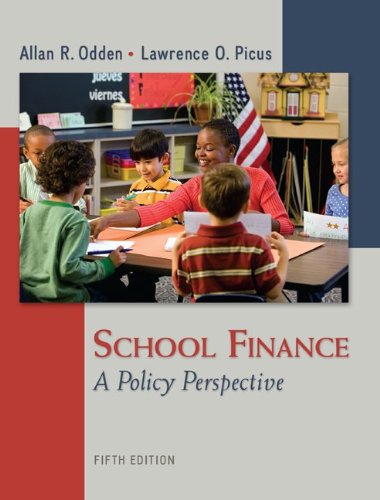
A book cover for School Finance: A Policy Perspective; Allan Odden; Education & Teaching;